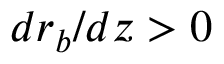
d r _ { b } / d z > 0